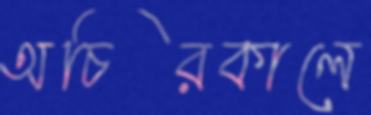
অচিরকালে